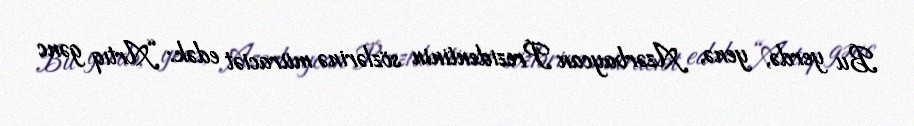
Bu yerdə, yenə, Azərbaycan Prezidentinin sözlərinə müraciət edək: “Artıq gənc